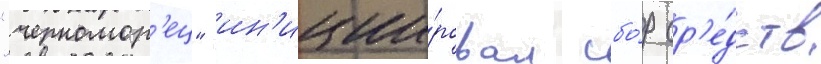
"черномор'ец" ин'иции́ровал сбо́р ср'е́дств